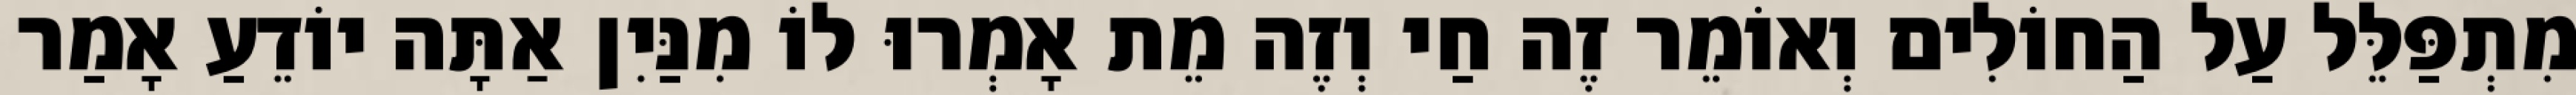
מִתְפַּלֵּל עַל הַחוֹלִים וְאוֹמֵר זֶה חַי וְזֶה מֵת אָמְרוּ לוֹ מִנַּיִן אַתָּה יוֹדֵעַ אָמַר